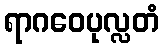
ရာဂဝေပုလ္လတံ